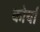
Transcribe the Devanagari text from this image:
कोर्या